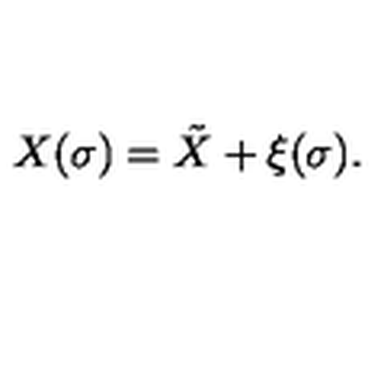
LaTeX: X ( \sigma ) = \tilde { X } + \xi ( \sigma ) .